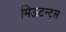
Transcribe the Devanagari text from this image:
मिऊटन्ट्स